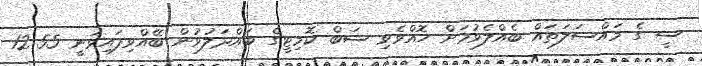
ސީ ގެ މައްސަލަތައް ބެއްލެވުމަށް ހޮއްވެވި ސަބް ކޮމިޓީގެ ބައްދަލުވުން ބޭއްވިފައިވަނީ 12:55